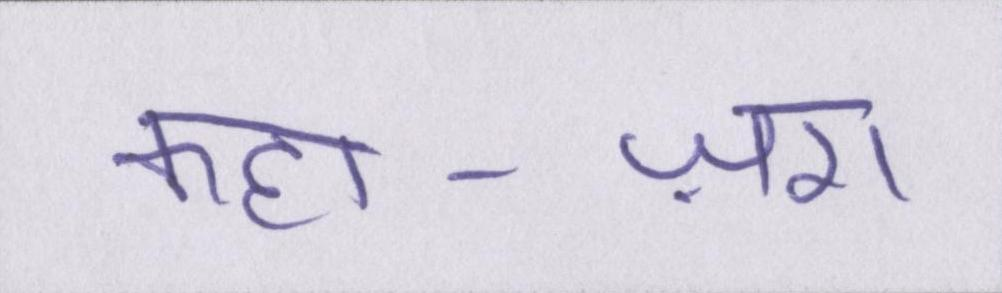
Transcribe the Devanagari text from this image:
कहा-ज़रा